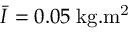
\bar { I } = 0 . 0 5 \; \mathrm { k g . m ^ { 2 } }